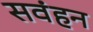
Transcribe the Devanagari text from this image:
सवंहन